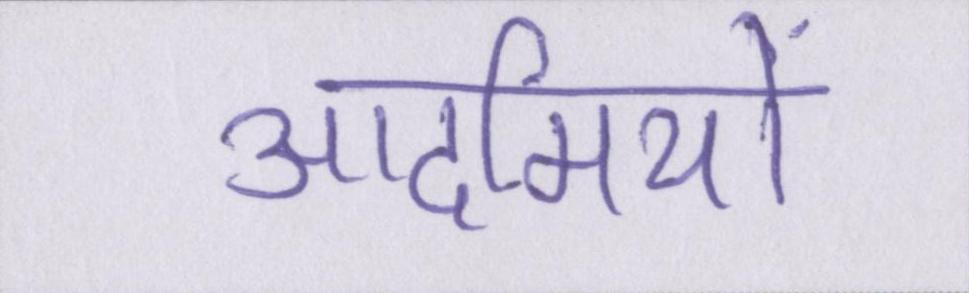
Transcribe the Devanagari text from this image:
आदमियों